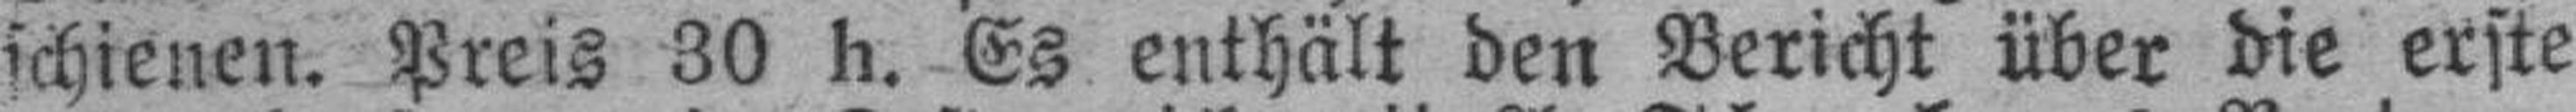
schienen. Preis 30 h. Es enthält den Bericht über die erste